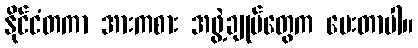
နိုင်ငံတကာ အားကစား အဖွဲ့ချုပ်တွေက ပေးတာပါ။